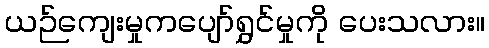
ယဉ်ကျေးမှုကပျော်ရွှင်မှုကို ပေးသလား။